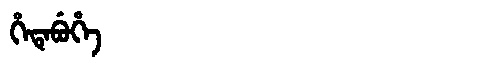
Manchu: ᡥᡝᡨᡝᠪᡠᡥᡝ
Romanization: HETEBUHE